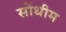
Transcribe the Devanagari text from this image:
सोंधीम